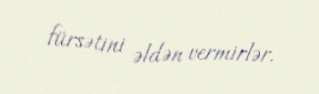
fürsətini əldən vermirlər.